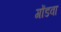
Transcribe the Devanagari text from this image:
गोंडवा